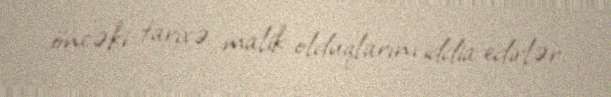
öncəki tarixə malik olduqlarını iddia edirlər.